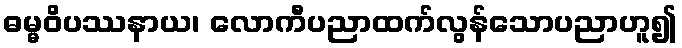
ဓမ္မဝိပဿနာယ၊ လောကီပညာထက်လွန်သောပညာဟူ၍